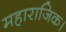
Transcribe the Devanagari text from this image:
महाराजिक।